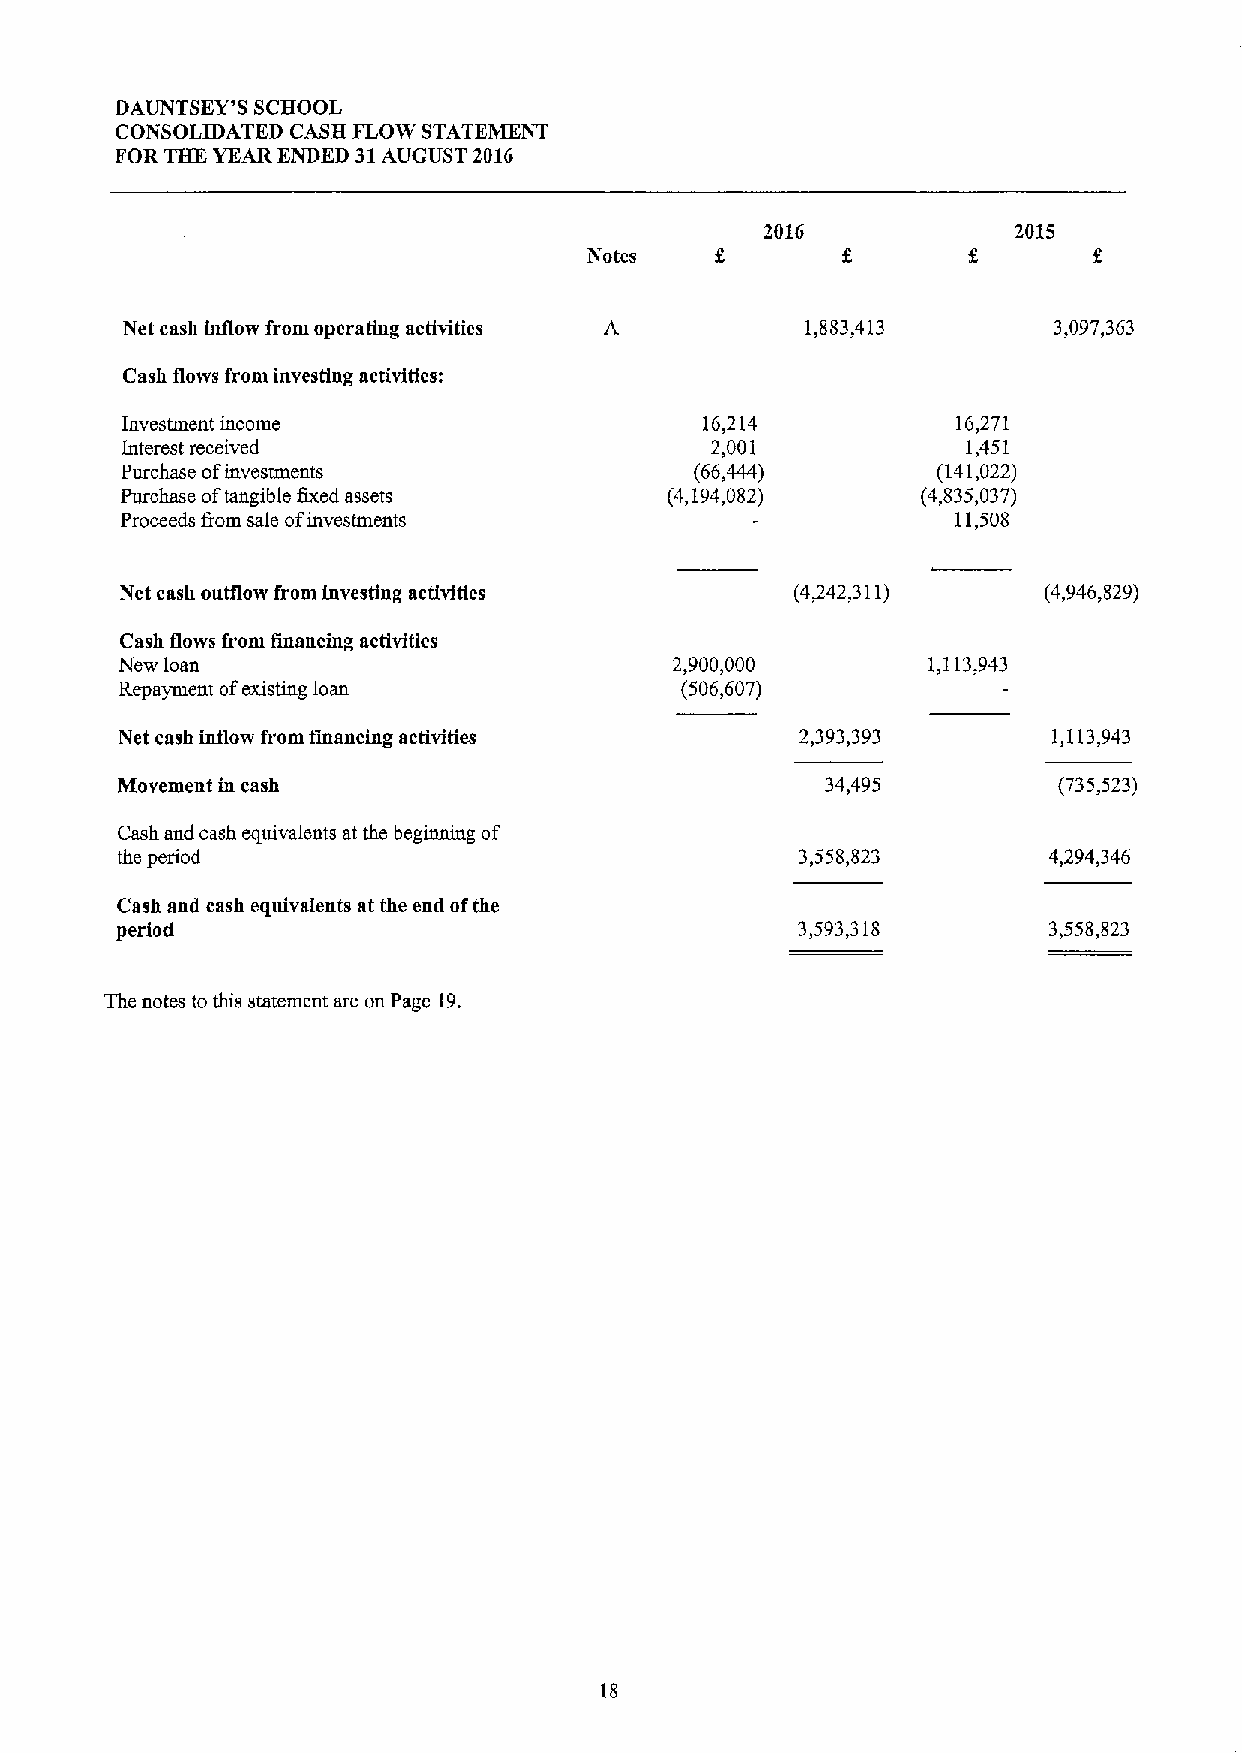
DAUNTSEY'S SCBOOL
 CONSOLIDATED CASH FLOW STATEMENT
 FOR THE YEAR ENDED 31AUGUST 2016
 2016            2015
 Notes
 Net cash inflow from operating activities    1,883,413        3,097,363
 Cash flows from investing activities:
 Investment income                      16,214          16,271
 Interest received                      2,001            1,451
 Purchase ofinvestments                (66,444)        (141,022)
 Purchase oftangible fixed assets    (4,194,082)      (4,835,037)
 Proceeds fiom sale ofinvestments                       11,508
 Net cash outflow from investing activities   (4742,311)      (4,946,829)
 Cash flows from financing activities
 New loan                             2,900,000       1,113,943
 Repayment ofexisting loan            (506,607)
 Net cash inflow from financing activities    2,393,393        1,113,943
 Movement in cash                               34,495         (735,523)
 Cash and cash equivalents at the beginning of
 the period                                   3,558,823       4,294,346
 Cash and cash equivalents at the end ofthe
 period                                       3,593,318       3,558,823
 The notes to this statement are on Page 19.
 18